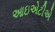
આઇએટીએ